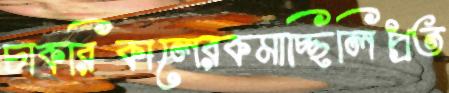
চাকরিকালেরকমাচ্ছিলিপ্রত